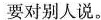
要对别人说。